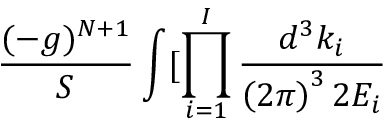
\frac { ( - g ) ^ { N + 1 } } S \int [ \prod _ { i = 1 } ^ { I } \frac { d ^ { 3 } k _ { i } } { \left( 2 \pi \right) ^ { 3 } 2 E _ { i } }